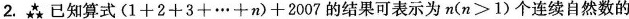
2.已知算式$$( 1 + 2 + 3 + … + n ) + 2 0 0 7$$的结果可表示为n($$n > 1$$)个连续自然数的